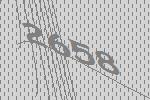
2658